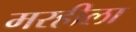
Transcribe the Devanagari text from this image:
मरहीला